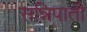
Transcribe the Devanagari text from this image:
सन्निपाती